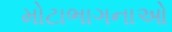
મોટાભાગનાઓ